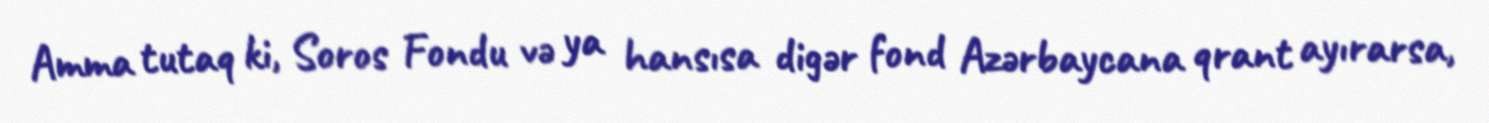
Amma tutaq ki, Soros Fondu və ya hansısa digər fond Azərbaycana qrant ayırarsa,